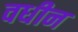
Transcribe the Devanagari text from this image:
वधीन